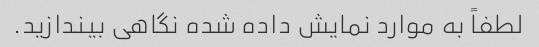
لطفاً به موارد نمایش داده شده نگاهی بیندازید.